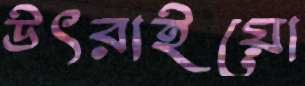
উৎরাইয়ো